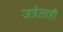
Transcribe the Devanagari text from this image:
जत्रेलाही